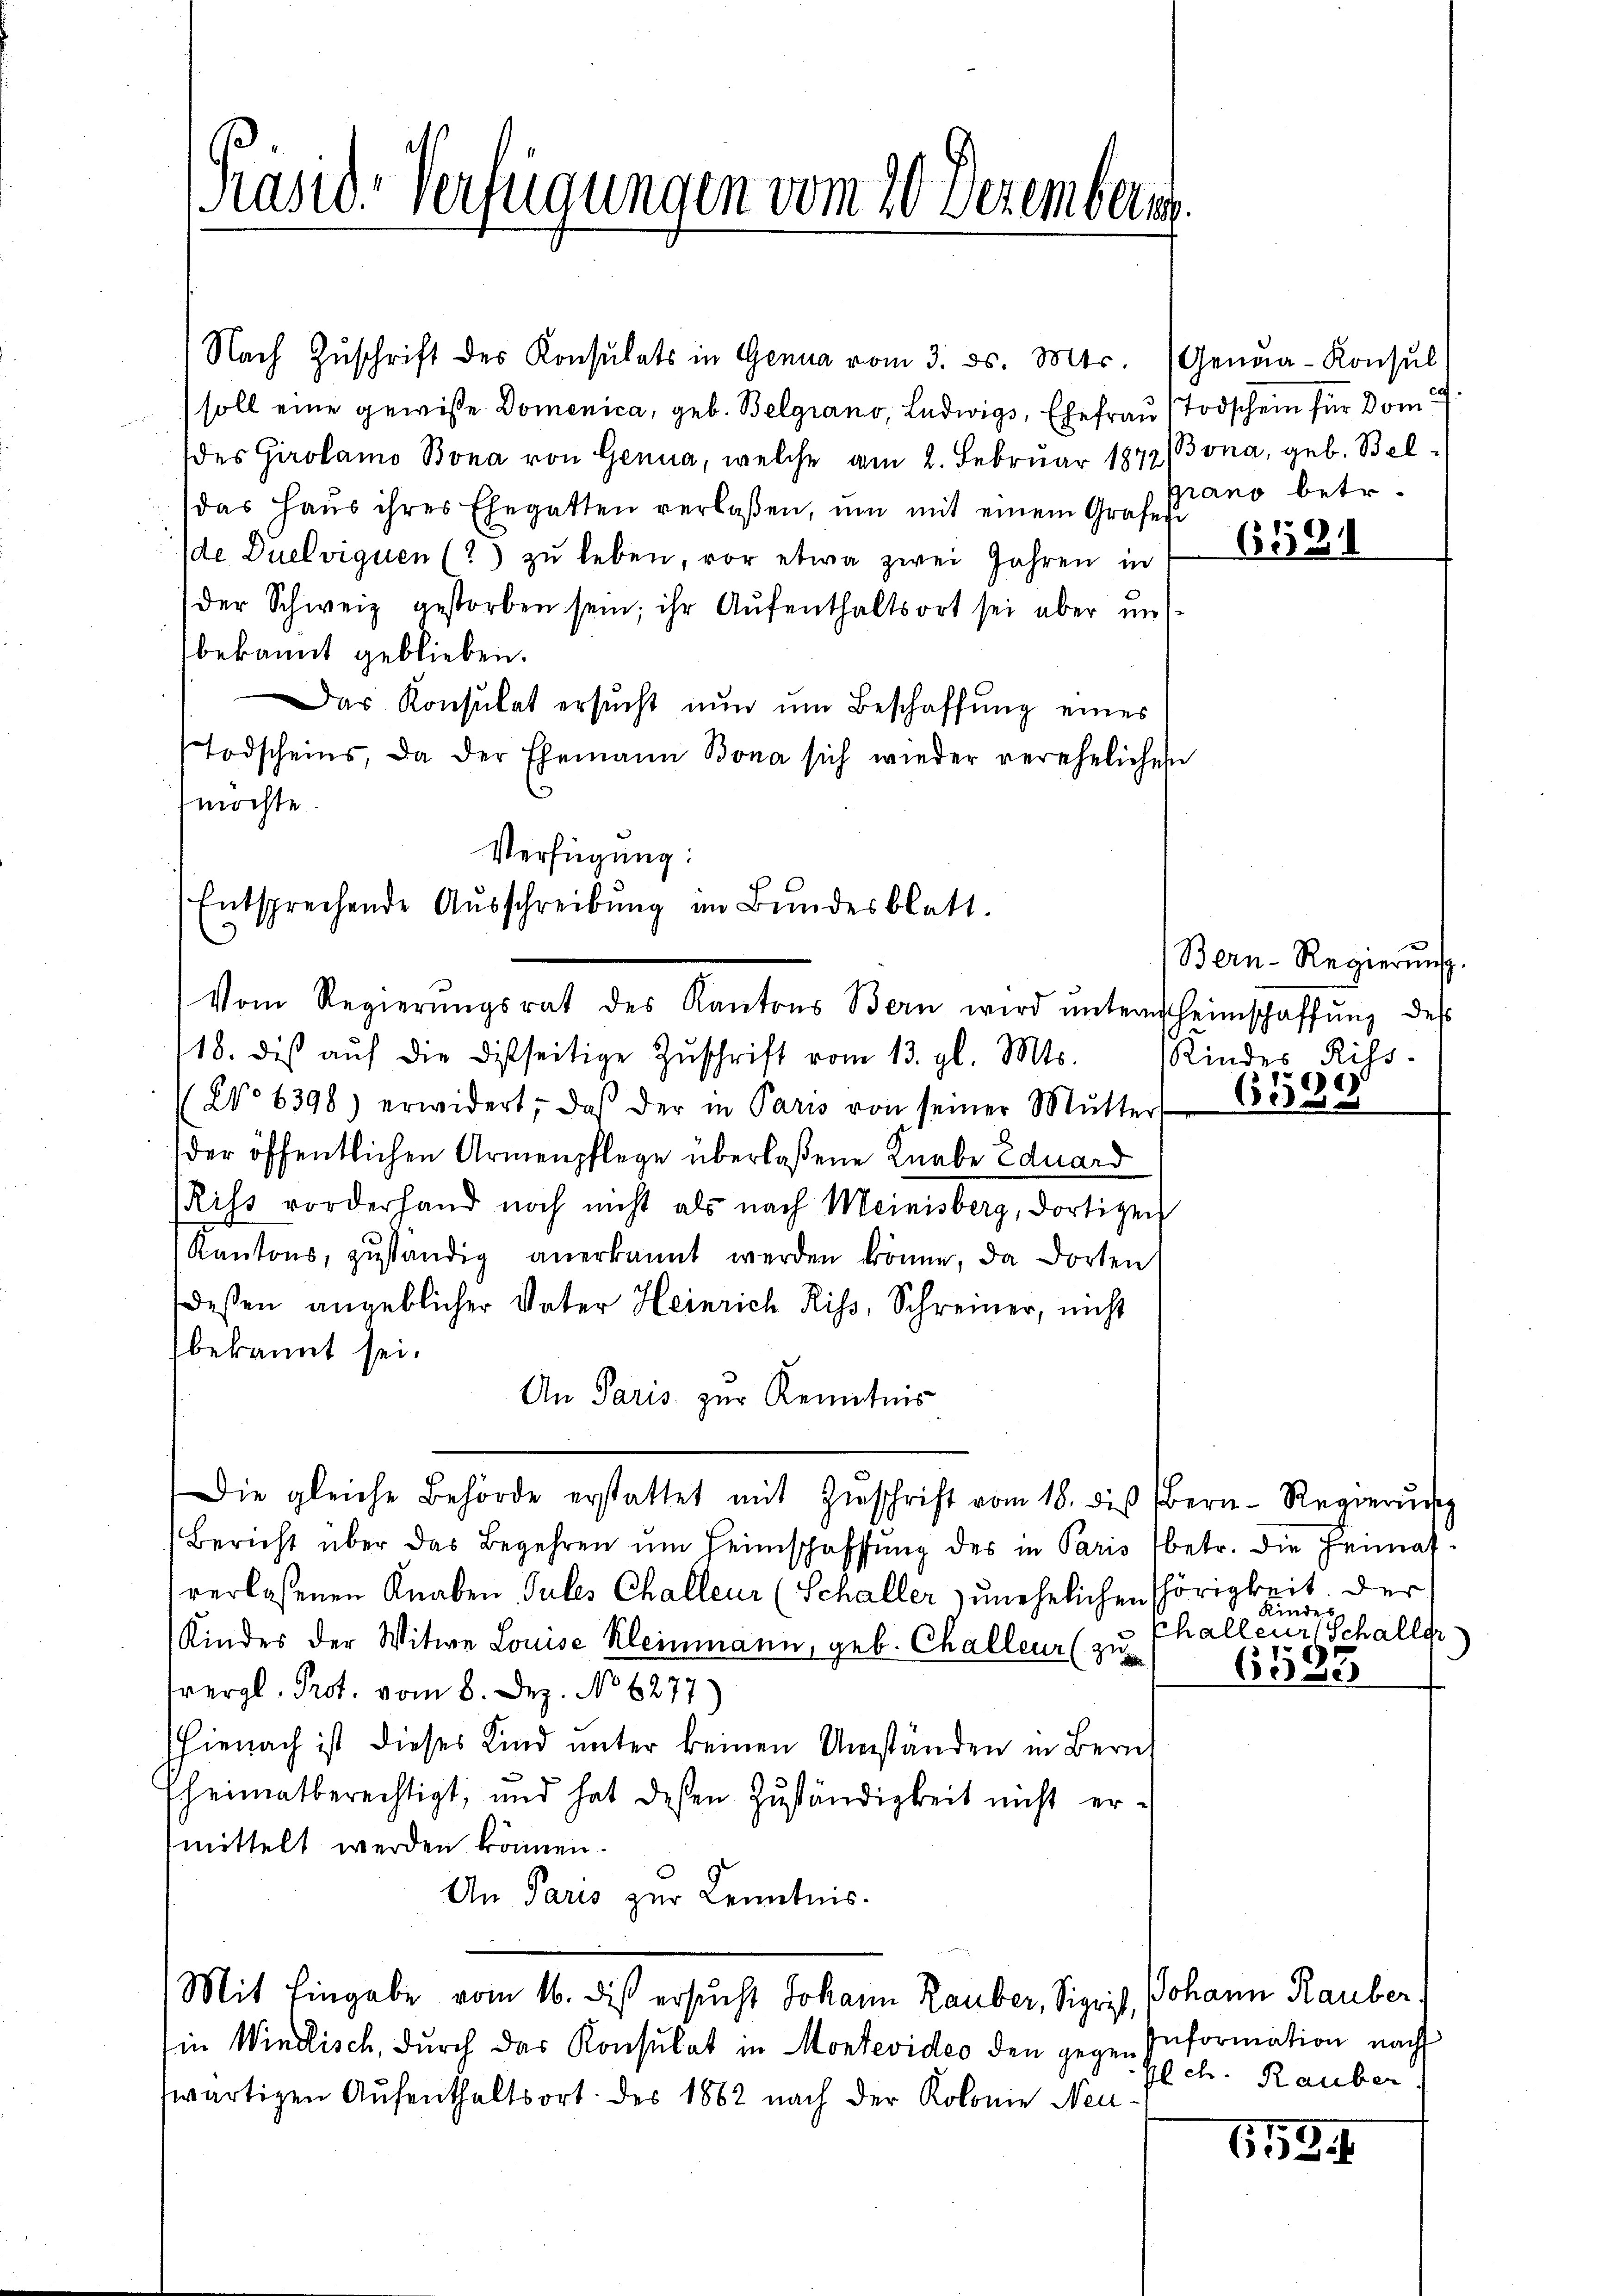
Präsid. Verfügungen vom 20. Dezember

Vom Regierŭngsrat des Kantons Bern wird ŭntern heimschaffŭng des

Nach Zuschrift des Konsulats in Genua vom 3. ds. Mts. Genua-Konsul
soll eine gewisse Domenica, geb. Belgrano, Ludwigs, Ehefrau (Todschein für Dom
(des Girolamo Bona von Genua, welche am 2. Februar 1872/Bona, geb. Beldas Haus ihres Ehegatten verlassen, um mit einem Grafen
de Duelviquen (2) zu leben, vor etwa zwei Jahren in
der Schweiz gestorben sein; ihr Aŭfenthaltsort sei aber unt
bekannt geblieben.
Das Konsulat ersŭcht nun um Beschaffung eines
Todscheins, da der Ehemann Bona sich wieder verehelichen
möchte.
Verfügung:
Entsprechende Aŭsschreibŭng an Bŭndesblatt.

Mit Eingabe vom 16. des ersucht Johann Rauber, Sigrist, Johann Rauber,

18. dis aŭf die disseitige Zŭschrift vom 13. gl. Mts.
(No 6398) erwidert, daß der in Paris von seiner Mŭtter
der öffentlichen Armenpflege überlaßene Knabe Eduard
Riss vorderhand noch nicht als nach Meinisberg, dortigen
Kantons, zŭständig anerkannt werden könne, da dorten
Dessen angeblicher Vater Heinrich Riss, Schreiner, nicht
bekannt sei.
An Paris zur Kenntnis
Die gleiche Behörde erstattet mit Zŭschrift vom 18. die Bern-Regierŭng
Bericht über das Begehren ŭm Heimschaffŭng des in Paris betr. die Heimat-
verlassenen Knaben Jules Challeur (Schaller zunehelichen Thörigkeit. Der
Kindes der Witwe Louise Kleinmann, geb. Challeur (zu
vergl. Prot. vom 8. Dez. No 6277)
Hienach ist dieses Kind unter keinen Umständen in Bern
fheimatberechtigt, und hat deßen Zuständigkeit nicht er-
mittelt werden können.
An Paris zur Kenntnis.

in Windlisch, durch das Konsulat in Montevideo den gegen
wärtigen Aufenthaltsort des 1882 nach der Kolonie Neu¬

grano betr.

659

Bern-Regierŭng.
Kindes Rits
)
650

Kindes
halleur Schaller
6583

Information nach
glch. Rauber

653.